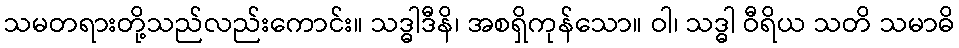
သမတရားတို့သည်လည်းကောင်း။ သဒ္ဓါဒီနိ၊ အစရှိကုန်သော။ ဝါ၊ သဒ္ဓါ ဝီရိယ သတိ သမာဓိ